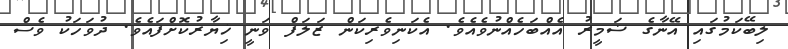
ލިބޭކަމުގައި އޭނާގެ ޟަމީރު އެއްބަހެއްނުވެއެވެ. އެކަނިވެރިކަން ޒަލަފް ވަނީ ޚިޔާރުކޮށްފައެވެ. ދުވަހަކު ވެސް